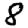
Digit: 8